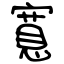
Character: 寬